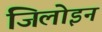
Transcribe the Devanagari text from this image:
जिलोइन